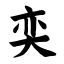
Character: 奕